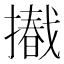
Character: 𢶩